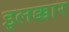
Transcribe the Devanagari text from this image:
इलक्कार